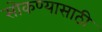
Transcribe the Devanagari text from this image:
सोकण्यासाठी